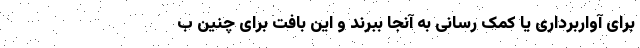
برای آواربرداری یا کمک رسانی به آنجا ببرند و این بافت برای چنین ب